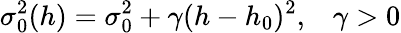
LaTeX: \sigma_{0}^{2}(h)=\sigma_{0}^{2}+\gamma(h-h_{0})^{2},\; \; \; \gamma>0